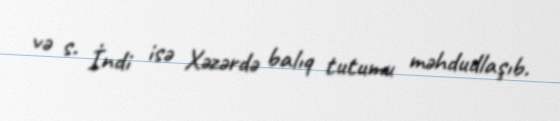
və s. İndi isə Xəzərdə balıq tutumu məhdudlaşıb.